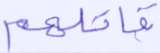
قاتلهم